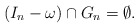
\begin{align*}(I_n - \omega) \cap G_{n} = \emptyset.\end{align*}